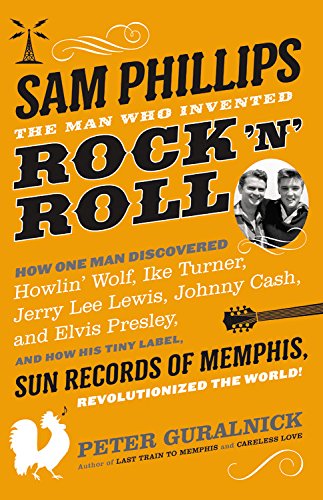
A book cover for Sam Phillips: The Man Who Invented Rock 'n' Roll; Peter Guralnick; Humor & Entertainment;